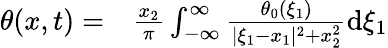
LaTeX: \begin{array}{rl}{\theta(x,t)=}&{{}\frac{x_{2}}{\pi}\int_{-\infty}^{\infty}\frac{\theta_{0}(\xi_{1})}{|\xi_{1}-x_{1}|^{2}+x_{2}^{2}}\mathrm{d}\xi_{1}}\end{array}